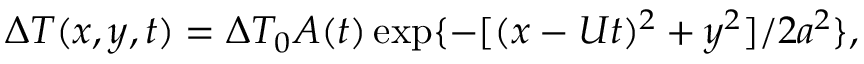
\begin{array} { r } { \Delta T ( x , y , t ) = \Delta T _ { 0 } A ( t ) \exp \{ - [ ( x - U t ) ^ { 2 } + y ^ { 2 } ] / 2 a ^ { 2 } \} , } \end{array}